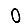
Digit: 0